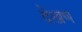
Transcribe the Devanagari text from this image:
देखण